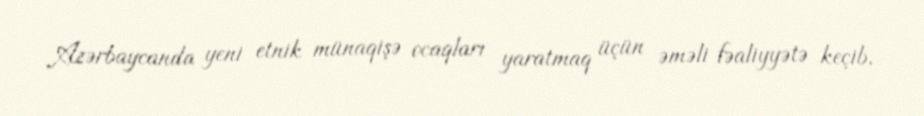
Azərbaycanda yeni etnik münaqişə ocaqları yaratmaq üçün əməli fəaliyyətə keçib.